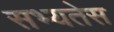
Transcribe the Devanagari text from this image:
सभ्यतेस